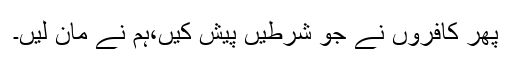
پھر کافروں نے جو شرطیں پیش کیں،ہم نے مان لیں۔